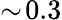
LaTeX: \sim\! 0.3